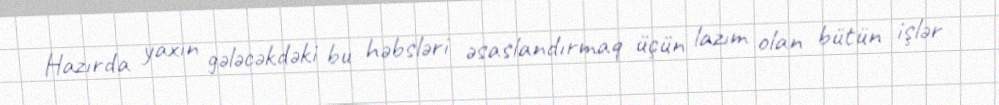
Hazırda yaxın gələcəkdəki bu həbsləri əsaslandırmaq üçün lazım olan bütün işlər